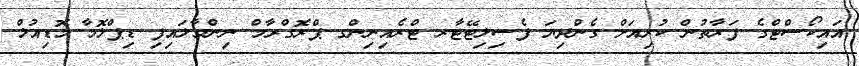
އައިކޯސްޓްގެ ފަރާތުން ކުރިއަށް ގެންދިޔަ ފެސިލިޓޭޓާރ ޓްރެއިނިންގ ޕްރޮގްރާމް ނިންމާލައިފި ޑިޕްލޮމާ މޮޑިއުލް